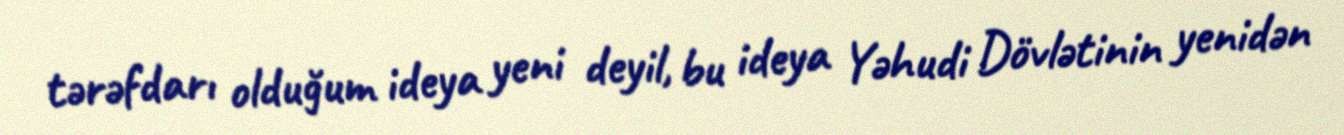
tərəfdarı olduğum ideya yeni deyil, bu ideya Yəhudi Dövlətinin yenidən